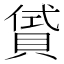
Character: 𧶣